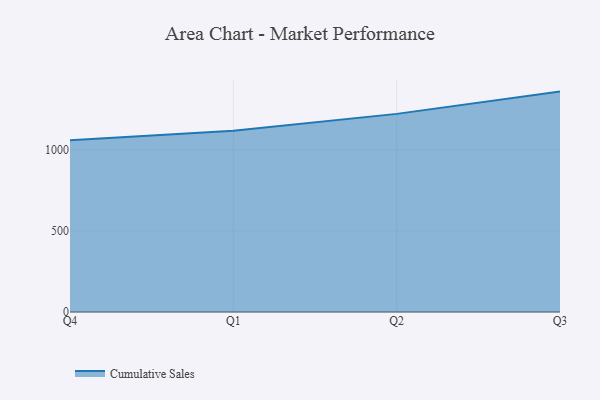
{"axis": {"x": "Quarter", "y": "Website Visitors"}, "legend": ["Cumulative Sales"], "data": [{"x": "Q4", "y": 1059.6, "type": "Cumulative Sales"}, {"x": "Q1", "y": 1119.0, "type": "Cumulative Sales"}, {"x": "Q2", "y": 1222.6, "type": "Cumulative Sales"}, {"x": "Q3", "y": 1360.0, "type": "Cumulative Sales"}]}